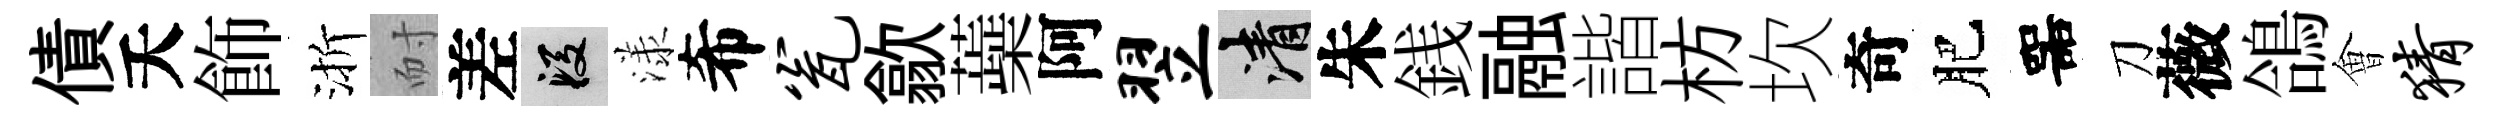
債夭飾渐耐差段漾希瓮歙蘃阿翌清朱銭融諧枋坎奇肥噐刀薇鴿㑹猜